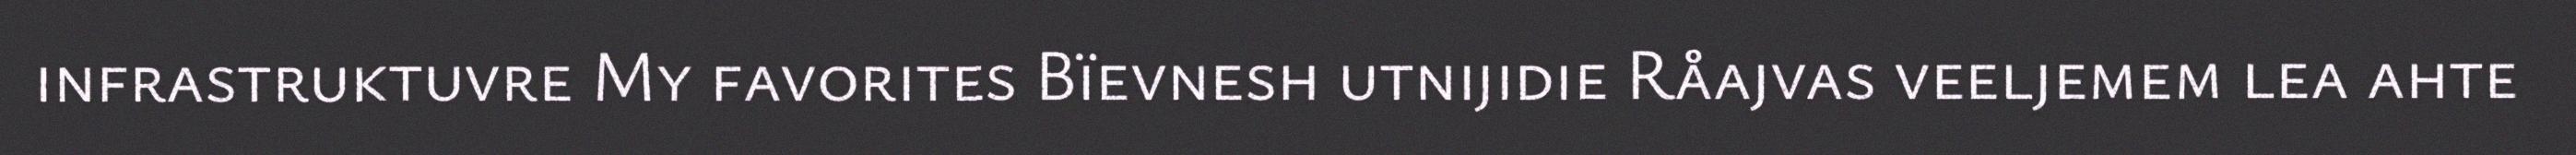
infrastruktuvre My favorites Bïevnesh utnijidie Råajvas veeljemem lea ahte